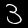
Label: 3